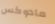
مادوكس